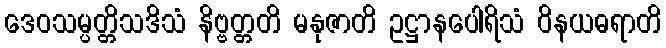
ဒေဝသမ္ပတ္တိသဒိသံ နိဗ္ဗတ္တတိ မနုဇာတိ ဥဋ္ဌာနပေါရိသံ ဝိနယဓရာတိ